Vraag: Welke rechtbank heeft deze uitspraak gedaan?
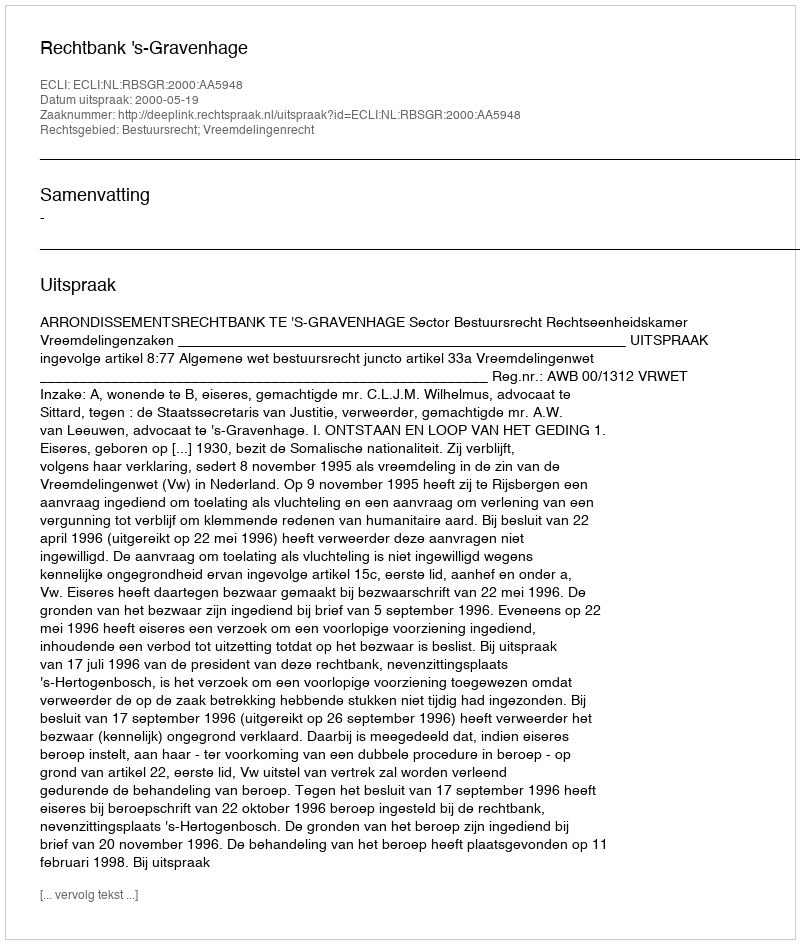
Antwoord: Rechtbank 's-Gravenhage